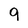
Character: 9